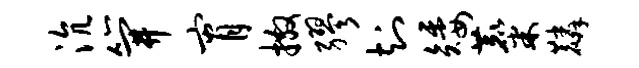
沆笄宵撒缪知矮麋麟